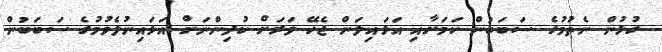
ގުޅުން ނެތުމުގެ ސަބަބުން ކަމަށާއި އަޅައިލަން ޖެހޭ ވަރަށް ކުދިންނަށް އަޅައިނުލެވުމުގެ ސަބަބުން